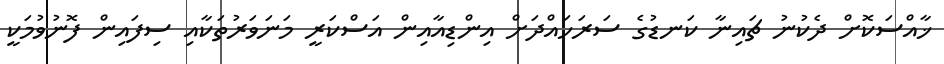
ޚާއްސަކޮށް ދެކުނު ޗައިނާ ކަނޑުގެ ސަރަހައްދަށް އިންޑިއާއިން އަސްކަރީ މަނަވަރުތަކާއި ސިފައިން ފޮނުވުމަކީ